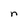
Character: n